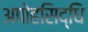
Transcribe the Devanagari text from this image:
अपोहसिद्धि